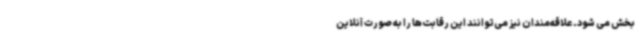
بخش می شود. علاقه‌مندان نیز می‌توانند این رقابت‌ها را به صورت آنلاین